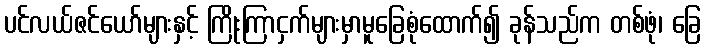
ပင်လယ်ဇင်ယော်များနှင့် ကြိုးကြာငှက်များမှာမူခြေစုံထောက်၍ ခုန်သည်က တစ်ဖုံ၊ ခြေ